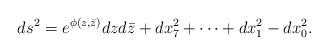
LaTeX: \begin{align*}ds^2=e^{\phi(z,\bar{z})}dz d\bar{z} + dx^2_7 +\cdots +dx^2_1 -dx^2_0 .\end{align*}